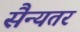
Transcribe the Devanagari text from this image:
सैन्यतर